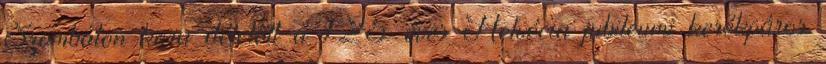
Szombaton kora délelőtt a 125 éves Helvécia jubileumi kerékpáros